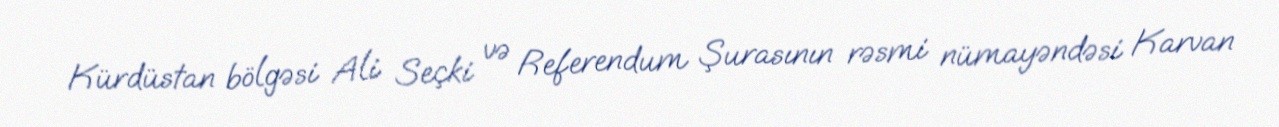
Kürdüstan bölgəsi Ali Seçki və Referendum Şurasının rəsmi nümayəndəsi Karvan